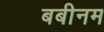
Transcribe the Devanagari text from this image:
बबीनम